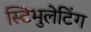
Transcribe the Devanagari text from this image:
स्टिमुलेटिंग